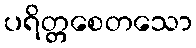
ပရိတ္တစေတသော